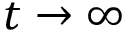
t \to \infty